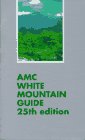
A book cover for Amc White Mountain Guide: A Guide to Trails in the Mountains of New Hampshire and Adjacent Parts of Maine/With Map; Travel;